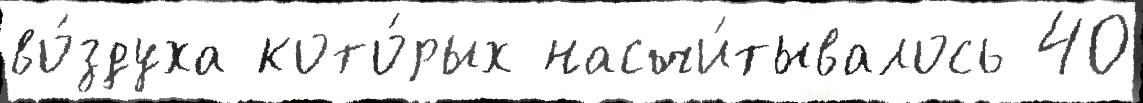
во́здуха кото́рых насчи́тывалось 40